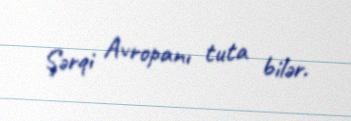
Şərqi Avropanı tuta bilər.